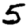
Digit: 5